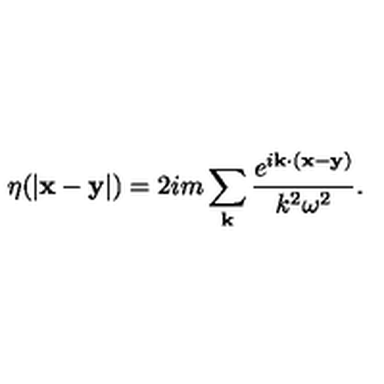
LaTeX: \eta ( | { \bf x - y } | ) = 2 i m \sum _ { \bf k } { \frac { e ^ { i { \bf k \cdot ( x - y ) } } } { k ^ { 2 } \omega ^ { 2 } } } .